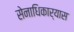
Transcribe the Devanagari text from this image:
सेनाधिकार्‍यास